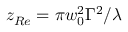
z _ { R e } = \pi w _ { 0 } ^ { 2 } \Gamma ^ { 2 } / \lambda